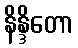
နိန္ဒိတော